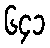
၆၄၁